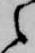
之